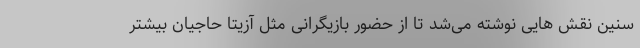
سنین نقش هایی نوشته می‌شد تا از حضور بازیگرانی مثل آزیتا حاجیان بیشتر